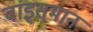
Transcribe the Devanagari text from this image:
वाइसमान